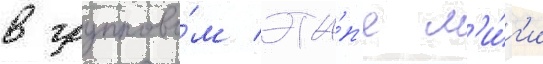
в группово́м эта́п'е л'и́г'и